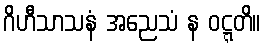
ဂိဟီသာသနံ အညေသံ န ဝဋ္ဋတိ။